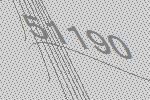
51190